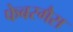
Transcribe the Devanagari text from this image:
फेबरगैस